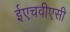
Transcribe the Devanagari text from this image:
ईएचवीएसी